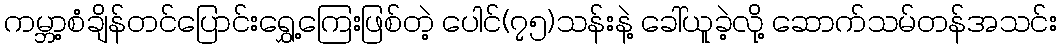
ကမ္ဘာ့စံချိန်တင်ပြောင်းရွှေ့ကြေးဖြစ်တဲ့ ပေါင်(၇၅)သန်းနဲ့ ခေါ်ယူခဲ့လို့ ဆောက်သမ်တန်အသင်း